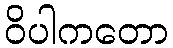
ဝိပါကတော